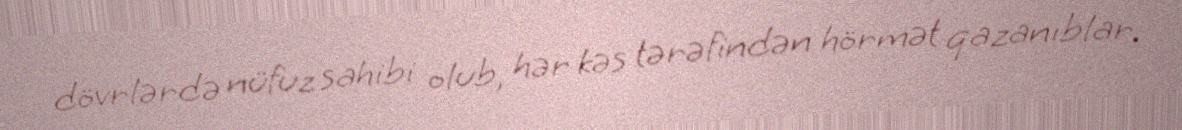
dövrlərdə nüfuz sahibi olub, hər kəs tərəfindən hörmət qazanıblar.